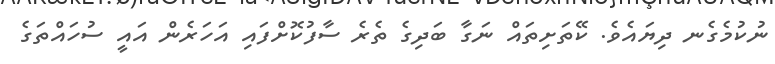
ނުކުމެގެނ ދިޔައެވެ. ކޭތަށިތައް ނަގާ ބަދިގެ ތެރެ ސާފުކޮށްފައި އަހަރެން އައީ ސުހައްތަގެ